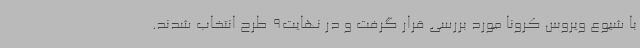
با شیوع ویروس کرونا مورد بررسی قرار گرفت و در نهایت9 طرح انتخاب شدند.